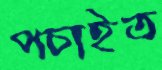
পচাইত